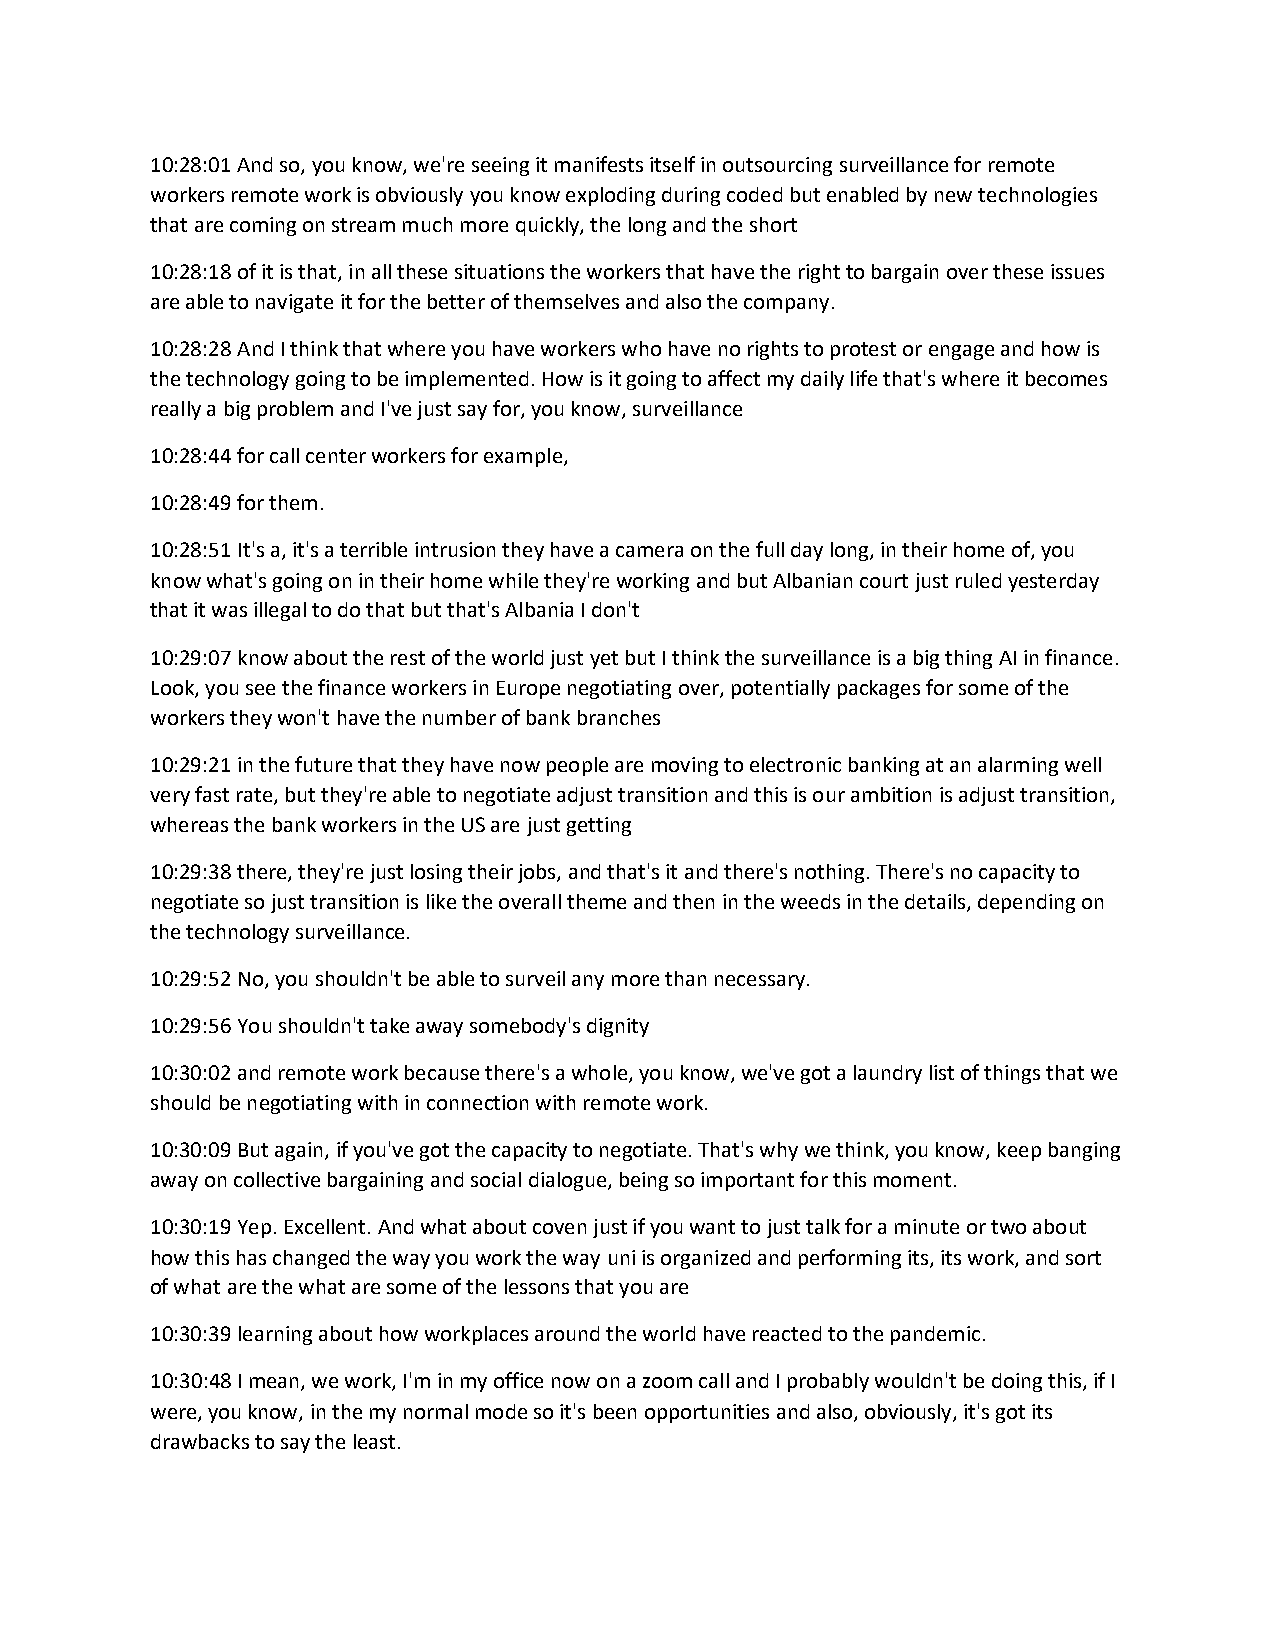
10:28:01 And so, you know, we're seeing it manifests itself in outsourcing surveillance for remote
 workers remote work is obviously you know exploding during coded but enabled by new technologies
 that are coming on stream much more quickly, the long and the short
 10:28:18 of it is that, in all these situations the workers that have the right to bargain over these issues
 are able to navigate it for the better of themselves and also the company.
 10:28:28 And I think that where you have workers who have no rights to protest or engage and how is
 the technology going to be implemented. How is it going to affect my daily life that's where it becomes
 really a big problem and I've just say for, you know, surveillance
 10:28:44 for call center workers for example,
 10:28:49 for them.
 10:28:51 It's a, it's a terrible intrusion they have a camera on the full day long, in their home of, you
 know what's going on in their home while they're working and but Albanian court just ruled yesterday
 that it was illegal to do that but that's Albania I don't
 10:29:07 know about the rest of the world just yet but I think the surveillance is a big thing AI in finance.
 Look, you see the finance workers in Europe negotiating over, potentially packages for some of the
 workers they won't have the number of bank branches
 10:29:21 in the future that they have now people are moving to electronic banking at an alarming well
 very fast rate, but they're able to negotiate adjust transition and this is our ambition is adjust transition,
 whereas the bank workers in the US are just getting
 10:29:38 there, they're just losing their jobs, and that's it and there's nothing. There's no capacity to
 negotiate so just transition is like the overall theme and then in the weeds in the details, depending on
 the technology surveillance.
 10:29:52 No, you shouldn't be able to surveil any more than necessary.
 10:29:56 You shouldn't take away somebody's dignity
 10:30:02 and remote work because there's a whole, you know, we've got a laundry list of things that we
 should be negotiating with in connection with remote work.
 10:30:09 But again, if you've got the capacity to negotiate. That's why we think, you know, keep banging
 away on collective bargaining and social dialogue, being so important for this moment.
 10:30:19 Yep. Excellent. And what about coven just if you want to just talk for a minute or two about
 how this has changed the way you work the way uni is organized and performing its, its work, and sort
 of what are the what are some of the lessons that you are
 10:30:39 learning about how workplaces around the world have reacted to the pandemic.
 10:30:48 I mean, we work, I'm in my office now on a zoom call and I probably wouldn't be doing this, if I
 were, you know, in the my normal mode so it's been opportunities and also, obviously, it's got its
 drawbacks to say the least.